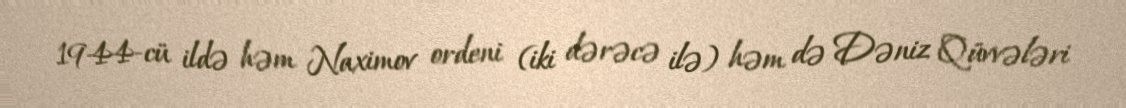
1944-cü ildə həm Naximov ordeni (iki dərəcə ilə) həm də Dəniz Qüvvələri